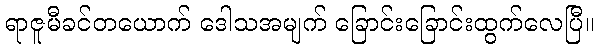
ရာဇူမီခင်တယောက် ဒေါသအမျက် ခြောင်းခြောင်းထွက်လေပြီ။